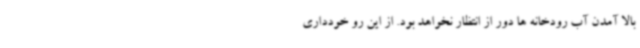
بالا آمدن آب رودخانه ها دور از انتظار نخواهد بود. از این رو خودداری